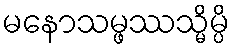
မနောသမ္ဖဿသ္မိမ္ပိ